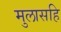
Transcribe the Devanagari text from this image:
मुलासहि